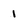
Character: 1